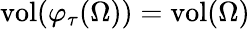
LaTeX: \mathrm{vol}(\varphi_{\tau}(\Omega))=\mathrm{vol}(\Omega)